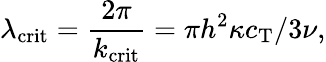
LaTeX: \lambda_{\mathrm{crit}}=\frac{2\pi}{k_{\mathrm{crit}}}=\pi h^{2}\kappa c_{\mathrm{T}}/3\nu,